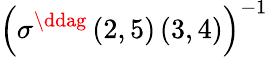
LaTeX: \left(\sigma^{\ddag}\left(2,5\right)\left(3,4\right)\right)^{-1}